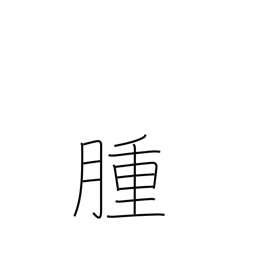
Meaning: tumor